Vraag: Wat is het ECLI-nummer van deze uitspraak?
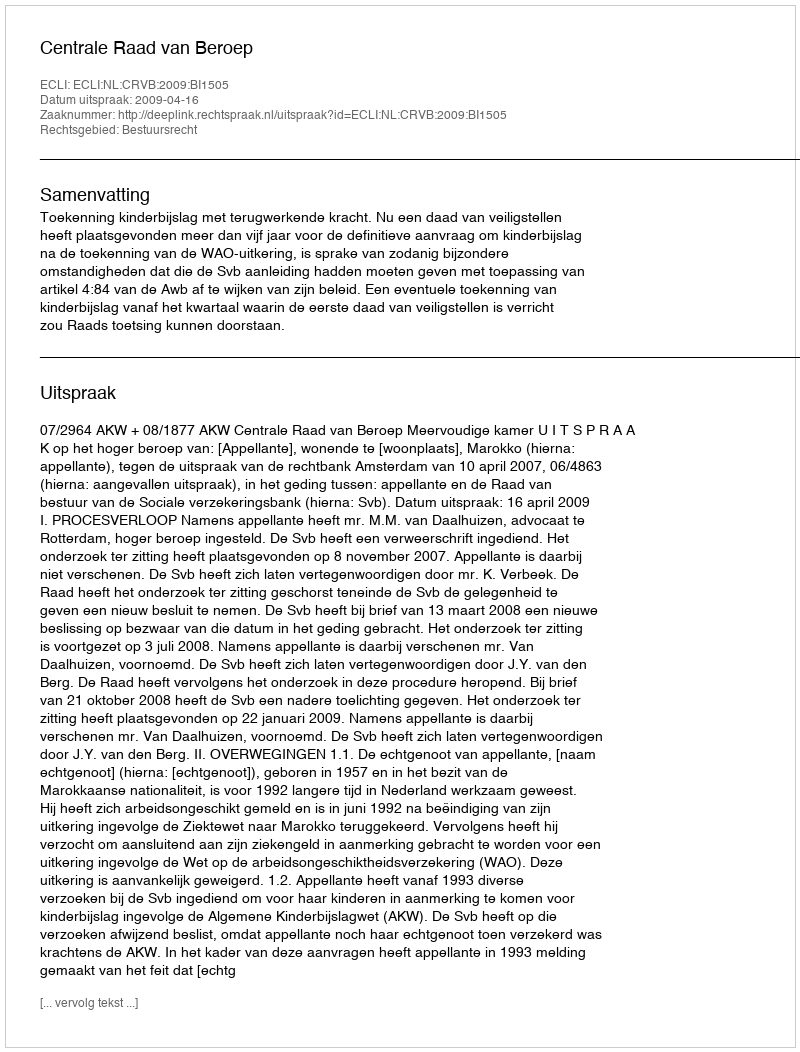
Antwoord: ECLI:NL:CRVB:2009:BI1505